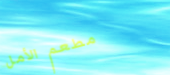
مطعم الأمل